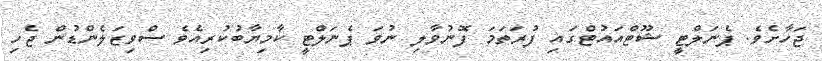
ޖަހާށެވެ. ޕެނަލްޓީ ޝޫޓްއައުޓްގައި ފުރަތަމަ ފޮނުވާލި ނުވަ ޕެނަލްޓީ ކާމިޔާބުކުރިއެވެ ސްވިޒަލެންޑުން ޖެހި